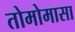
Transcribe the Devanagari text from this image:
तोमोमासा